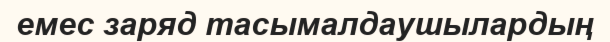
емес заряд тасымалдаушылардың